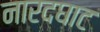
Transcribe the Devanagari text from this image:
नारदघाट